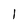
Character: l